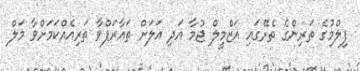
ފިލްމުގެ ތަރިންގެ ތެރޭގައި އަޒްމީލް ޖުމާ އަދި އަލަށް ތައާރަފްވާ ތަރިއެއްކަމަށްވާ މަލް